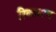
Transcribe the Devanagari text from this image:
रिकामाच